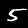
Label: 5